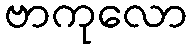
ဗာကုလော